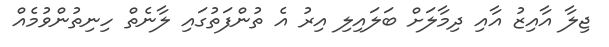
ޖިލާ އާއިޒު އާއި ދިމާލަށް ބަލައިލި އިރު އެ ތުންފަތުގައި ލާނެތް ހިނިތުންވުމެއް